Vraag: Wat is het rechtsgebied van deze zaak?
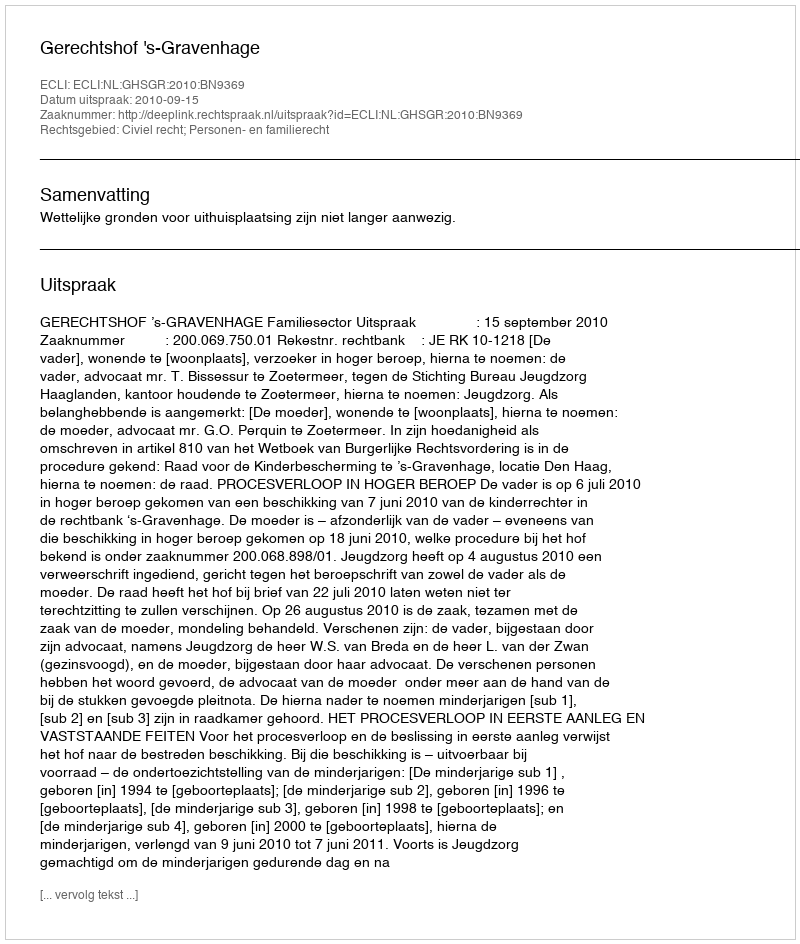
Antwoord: Civiel recht; Personen- en familierecht